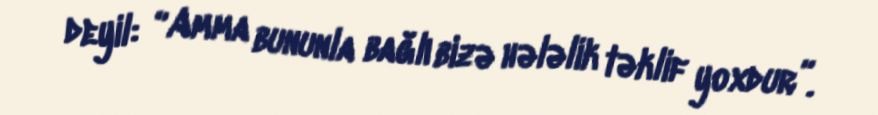
deyil: “Amma bununla bağlı bizə hələlik təklif yoxdur”.